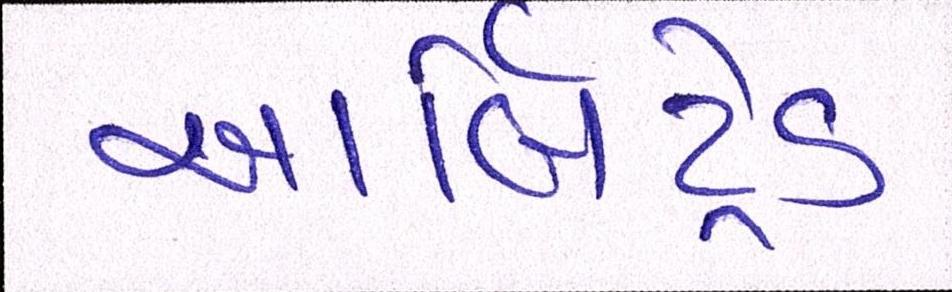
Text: આર્બિટ્રેડ